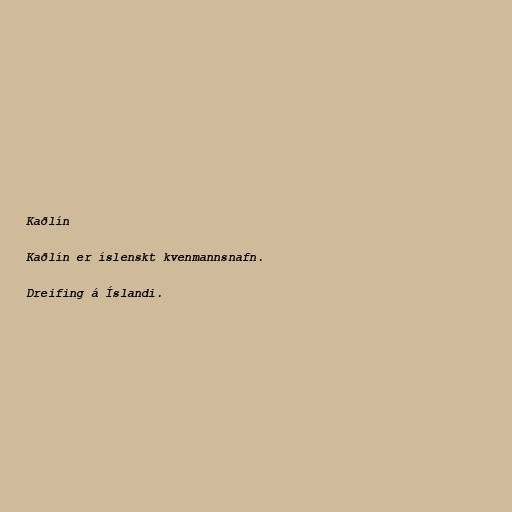
Kaðlín

Kaðlín er íslenskt kvenmannsnafn.

Dreifing á Íslandi.